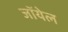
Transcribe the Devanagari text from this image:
जॉयेल